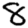
Digit: 8